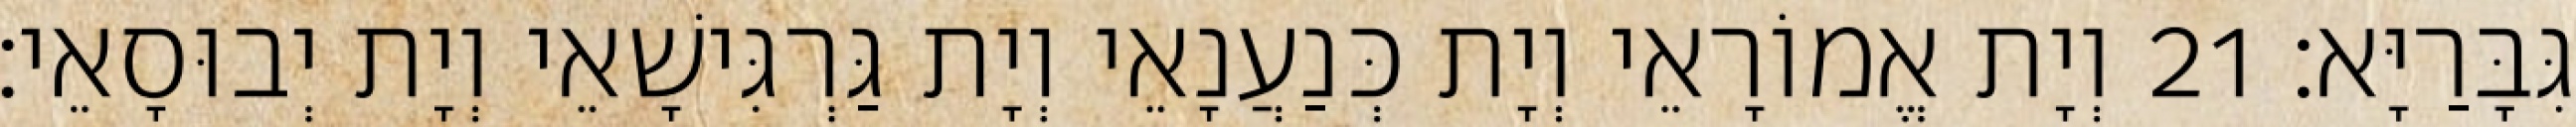
גִּבָּרַיָּא׃ 21 וְיָת אֱמוֹרָאֵי וְיָת כְּנַעֲנָאֵי וְיָת גַּרְגִּישָׁאֵי וְיָת יְבוּסָאֵי׃